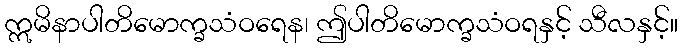
ဣမိနာပါတိမောက္ခသံဝရေန၊ ဤပါတိမောက္ခသံဝရနှင့် သီလနှင့်။